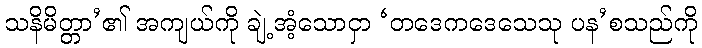
သနိမိတ္တာ’၏ အကျယ်ကို ချဲ့အံ့သောငှာ ‘တဒေကဒေသေသု ပန’စသည်ကို